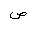
Letter: _sad